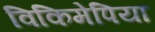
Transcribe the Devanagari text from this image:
विकिमेपिया